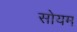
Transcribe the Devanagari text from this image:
सोयम